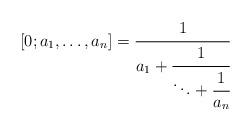
LaTeX: \begin{align*}[0;a_1,\ldots,a_n] = \cfrac{1}{a_1 + \cfrac{1}{\ddots + \cfrac{1}{a_n}}}\end{align*}